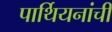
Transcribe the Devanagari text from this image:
पार्थियनांची